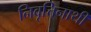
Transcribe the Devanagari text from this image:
निवृत्तिनाथी